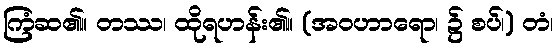
ကြံဆ၏။ တဿ၊ ထိုရဟန်း၏။ (အဝဟာရော၊ ၌ စပ်၊) တံ၊